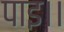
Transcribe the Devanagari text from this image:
पाइ।।